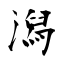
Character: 潟